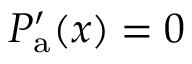
P _ { \mathrm { a } } ^ { \prime } ( x ) = 0